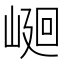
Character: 𡹯